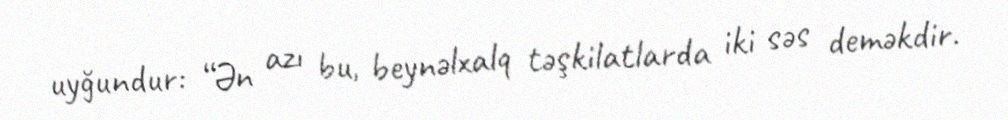
uyğundur: “Ən azı bu, beynəlxalq təşkilatlarda iki səs deməkdir.